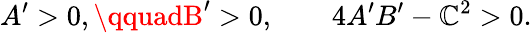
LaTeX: A^{\prime}>0,\qquadB^{\prime}>0,\qquad4A^{\prime}B^{\prime}-\mathbb{C}^{2}>0.